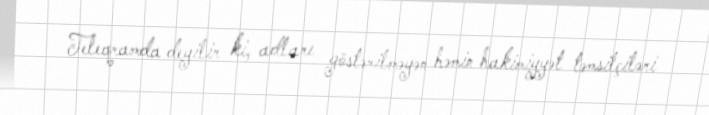
Teleqramda deyilir ki, adları göstərilməyən həmin hakimiyyət təmsilçiləri